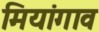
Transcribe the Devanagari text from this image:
मियांगाव